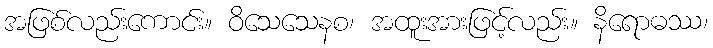
အဖြစ်လည်းကောင်း။ ဝိသေသေနစ၊ အထူးအားဖြင့်လည်း။ နိရောဓဿ၊